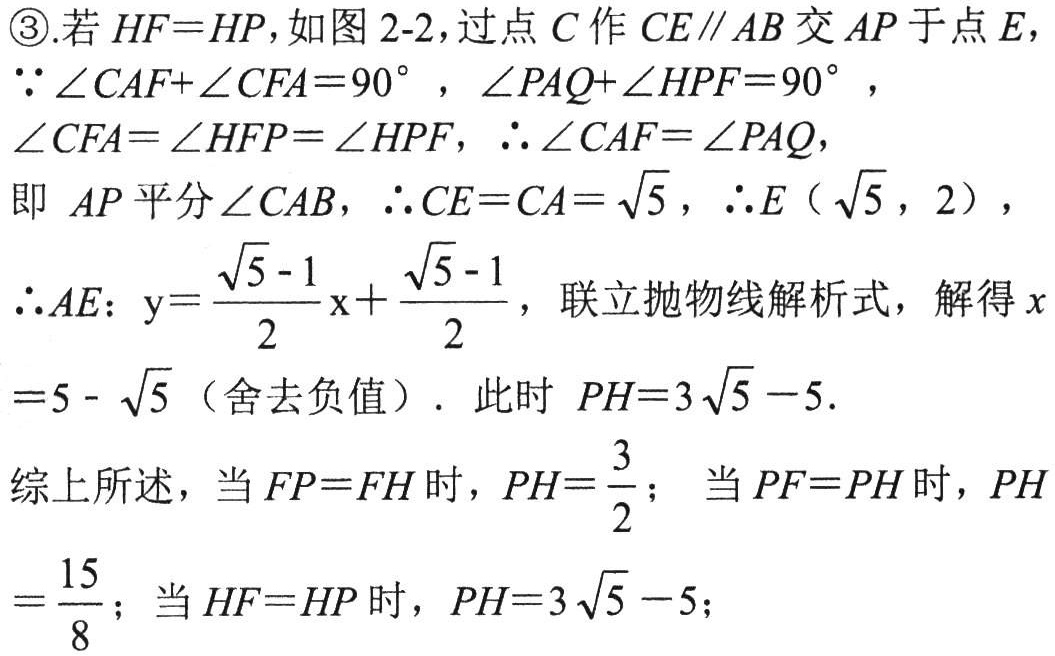
\textcircled{3}.若 \(HF = HP\)，如图 2-2，过点 \(C\) 作 \(CE\parallel AB\) 交 \(AP\) 于点 \(E\)，

\(\because\angle CAF+\angle CFA = 90^{\circ}\)，\(\angle PAQ+\angle HPF = 90^{\circ}\)，

\(\angle CFA=\angle HFP=\angle HPF\)，\(\therefore\angle CAF=\angle PAQ\)，

即 \(AP\) 平分 \(\angle CAB\)，\(\therefore CE = CA=\sqrt{5}\)，\(\therefore E(\sqrt{5},2)\)，

\(\therefore AE\)：\(y = \frac{\sqrt{5}-1}{2}x+\frac{\sqrt{5}-1}{2}\)，联立抛物线解析式，解得 \(x\)

\(=5 - \sqrt{5}\)（舍去负值）. 此时 \(PH = 3\sqrt{5}-5\).

综上所述，当 \(FP = FH\) 时，\(PH=\frac{3}{2}\)； 当 \(PF = PH\) 时，\(PH\)

\(=\frac{15}{8}\)；当 \(HF = HP\) 时，\(PH = 3\sqrt{5}-5\)；